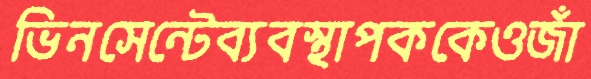
ভিনসেন্টেব্যবস্থাপককেওজাঁ